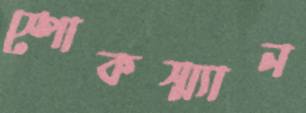
স্পোকস্ম্যান